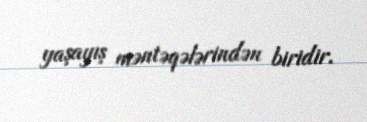
yaşayış məntəqələrindən biridir.